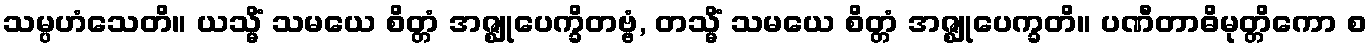
သမ္ပဟံသေတိ။ ယသ္မိံ သမယေ စိတ္တံ အဇ္ဈုပေက္ခိတဗ္ဗံ, တသ္မိံ သမယေ စိတ္တံ အဇ္ဈုပေက္ခတိ။ ပဏီတာဓိမုတ္တိကော စ